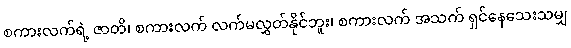
စကားလက်ရဲ့ ဇာတိ၊ စကားလက် လက်မလွှတ်နိုင်ဘူး၊ စကားလက် အသက် ရှင်နေသေးသမျှ